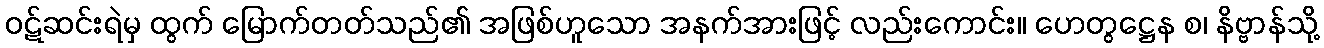
ဝဋ်ဆင်းရဲမှ ထွက် မြောက်တတ်သည်၏ အဖြစ်ဟူသော အနက်အားဖြင့် လည်းကောင်း။ ဟေတွဋ္ဌေန စ၊ နိဗ္ဗာန်သို့